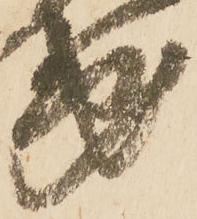
第